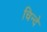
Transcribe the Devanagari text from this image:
चिन्दे